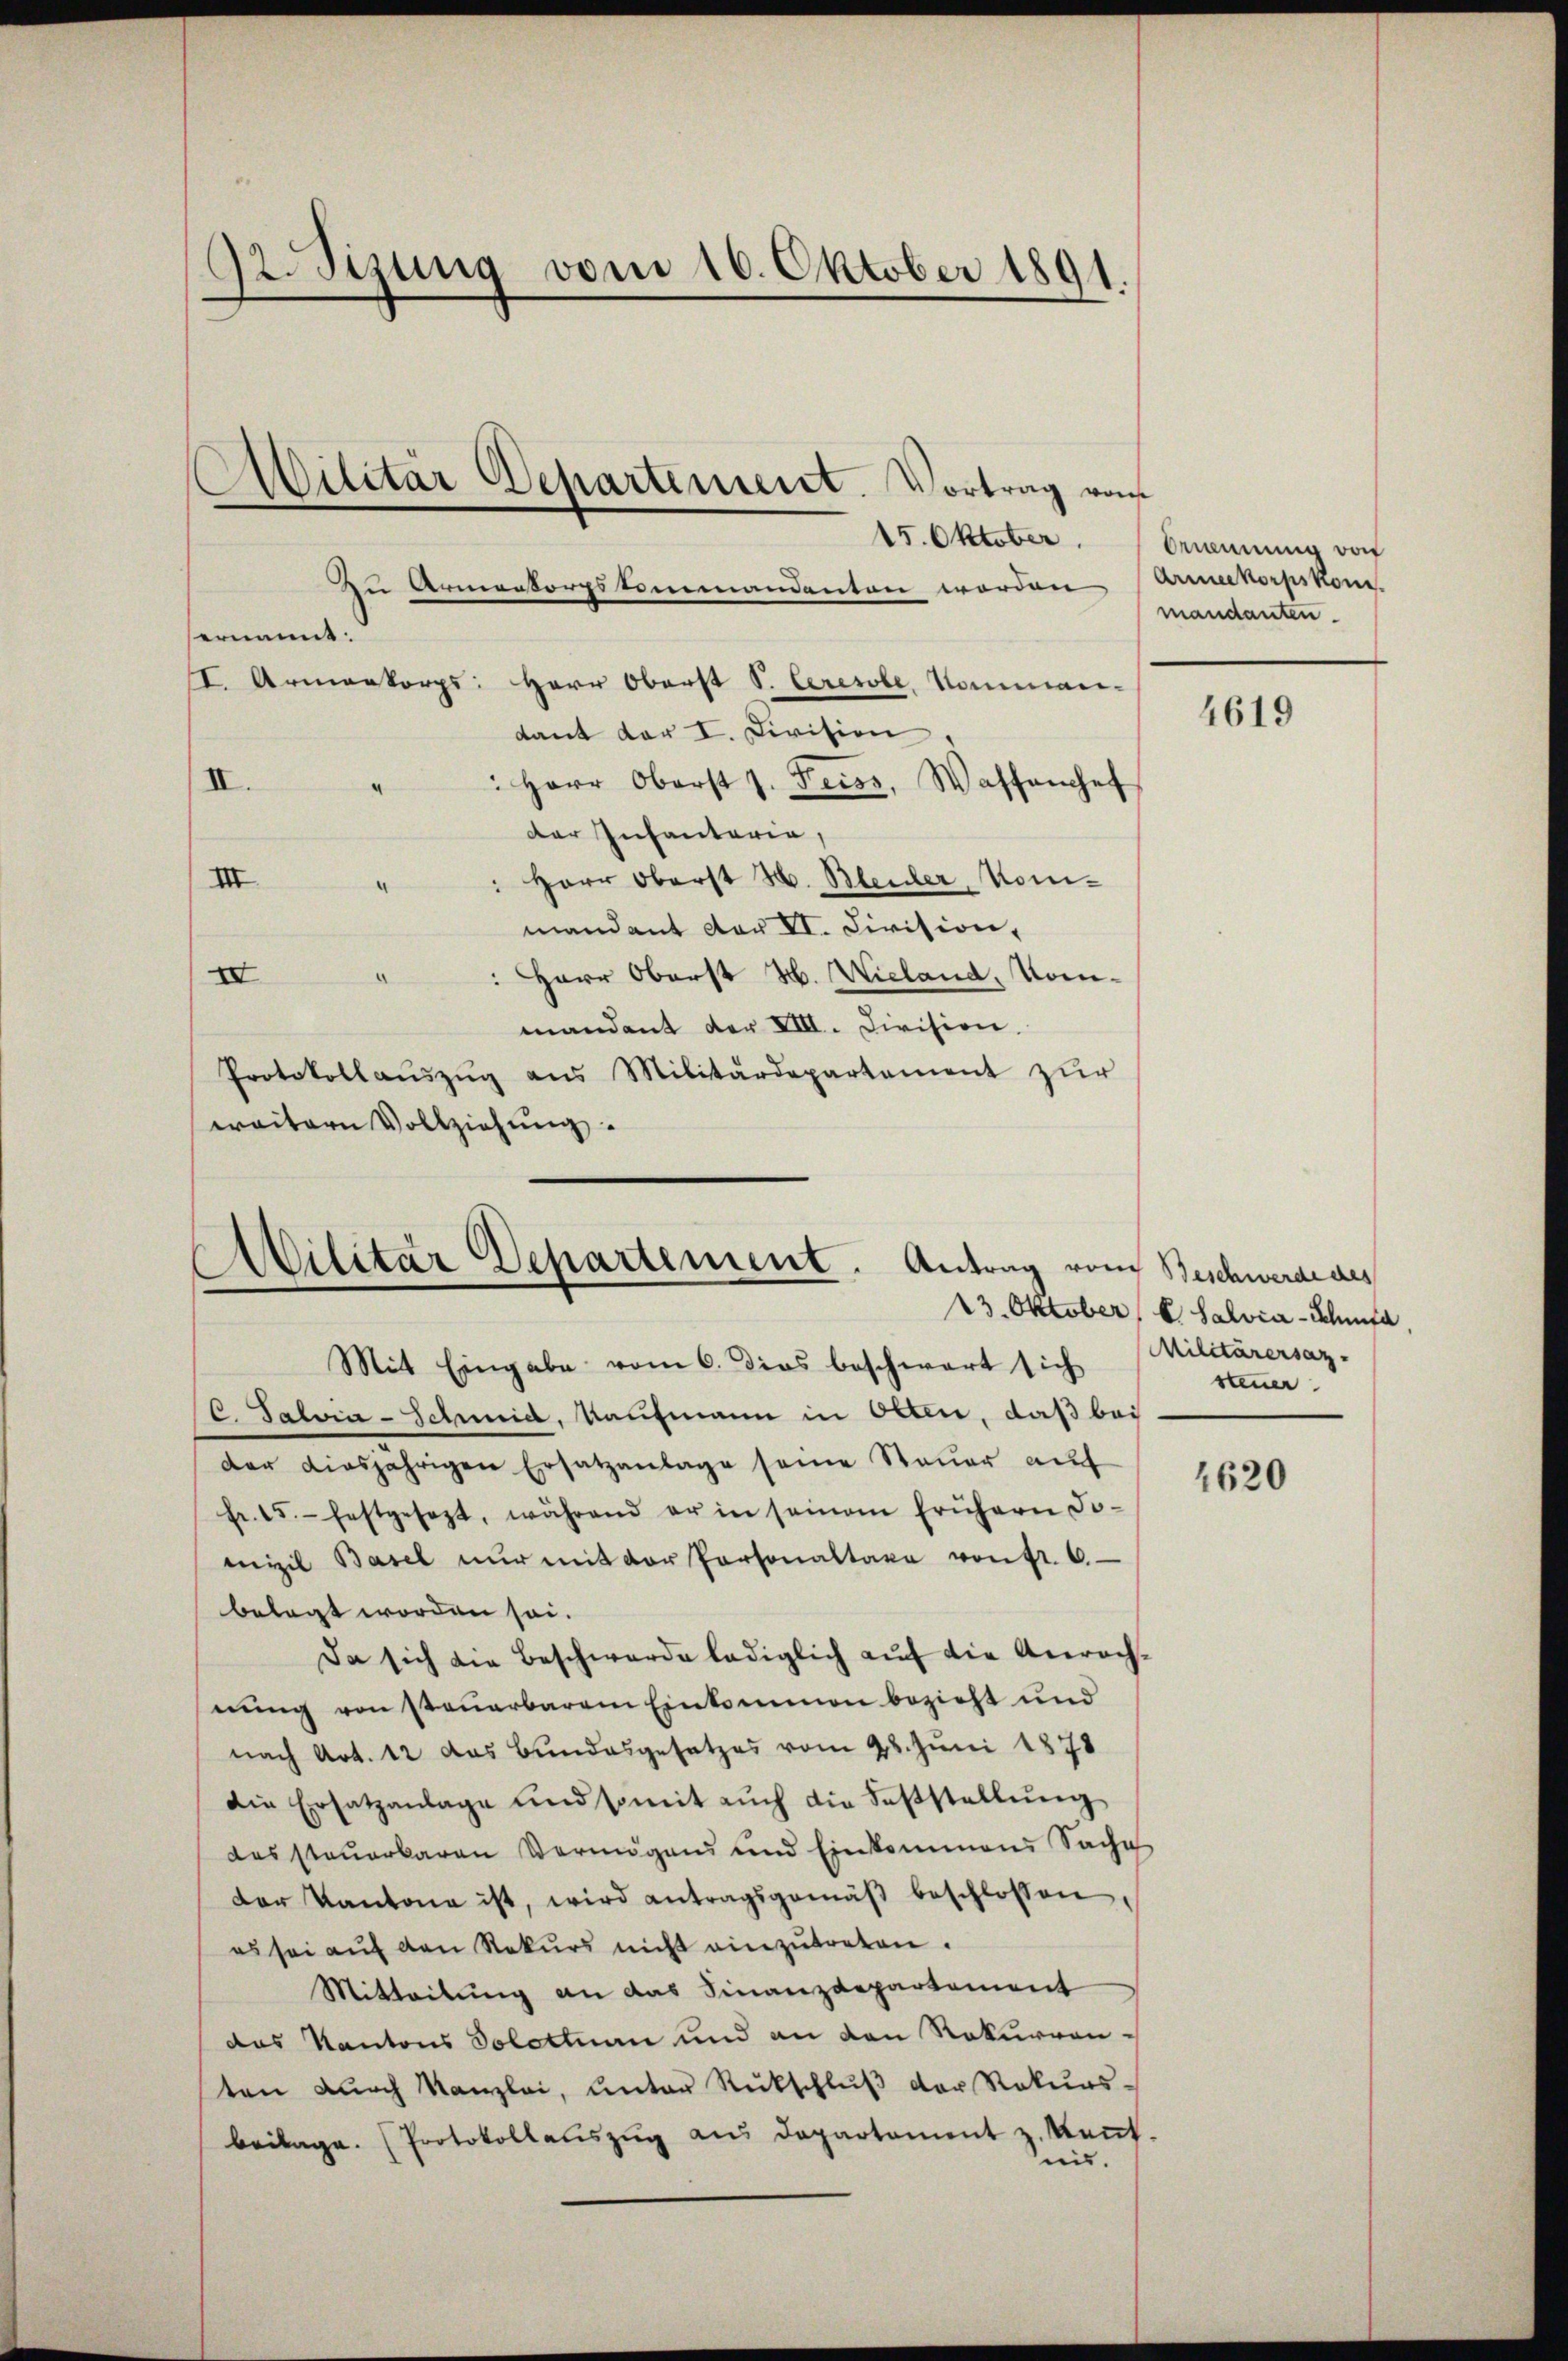
92. Sizung vom 16. Oktober 1891.
Militar Departement. Vortrag vom
15. Oktober.
2 Armentorfsummandenten worden,

ernannt:
I. Armenkorps: Herr Oberst S. Ceresole, Kommandant der I. Division
II.
: Herr Oberst J. Feiss, Wassenhef
4
der Infantaria,
Herr Oberst H. Bleuler, Kom¬
III
mandant der II. Civision,
Herr Oberst H. Wieland, Kom¬
III
¬
mandant der XIII. Civision.
Protokollaŭszŭg aŭs Militärdepartement zŭr
weitern Vollziehung

Ailitär Departement. Antrag von
Mit Eingabe vom 6. dies beschwart sich

Ornennung vo
Armeekorpskom
mandanten.

(C. Salvia-Schmid, Kaufmann in Olten, daß bei
der diesjährigen Ersatzanlage seine Steuer auf
Fr. 5.- festgesezt, während er in seinem frühern Jo-
mizil Basel nŭr mit der Personaltaxe von fr. 6
belegt worden sei.
Da sich die Beschwerde lediglich auf die Anrechnung von steuerbarem Einkommen bezieht und
nach Art. 12 das Bundesgesetzes vom 28. Juni 1878
die Ersatzanlage und somit aŭch die Feststellŭng
dessteŭerbaren Vermögens und Einkommens Sache
der Kantone ist, wird antragsgemäβ beschlossen
es sei auf den Rekurs nicht einzutreten.
Mitteilung an das Finanzdepartement
das Kantons Solettnen und an den Rekurrenten durch Kanzlei, unter Rückschlŭβ der Rekurs-
beilage. Protokollauszug aus Departement z. Keṅt.
nis.

4619

in Beschwerde des
23. Oktober   Salvia-Schmita
Militärersaz-
steuer

1620